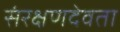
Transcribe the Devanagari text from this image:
संरक्षणदेवता